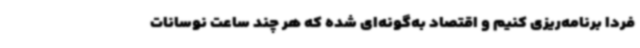
فردا برنامه‌ریزی کنیم و اقتصاد به‌گونه‌ای شده که هر چند ساعت نوسانات